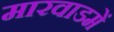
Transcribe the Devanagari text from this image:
मारवाडमें